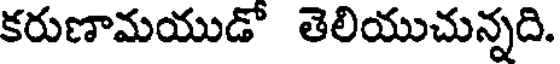
కరుణామయుడో తెలియుచున్నది.